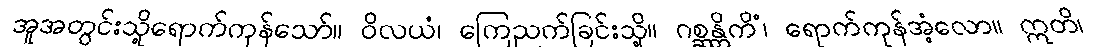
အူအတွင်းသို့ရောက်ကုန်သော်။ ဝိလယံ၊ ကြေညက်ခြင်းသို့။ ဂစ္ဆန္တိကိံ၊ ရောက်ကုန်အံ့လော။ ဣတိ၊